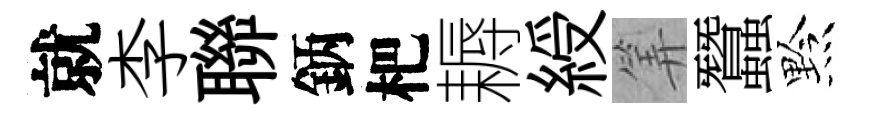
就李聯鈵杷耨綬筭蠶黔